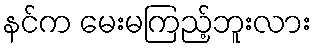
နင်က မေးမကြည့်ဘူးလား